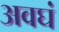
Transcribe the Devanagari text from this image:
अवघं